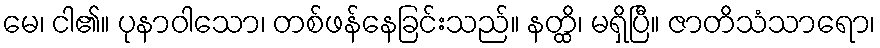
မေ၊ ငါ၏။ ပုနာဝါသော၊ တစ်ဖန်နေခြင်းသည်။ နတ္ထိ၊ မရှိပြီ။ ဇာတိသံသာရော၊